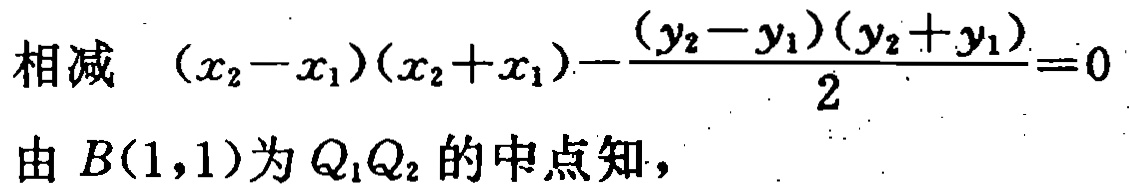
相减 \((x_{2}-x_{1})(x_{2}+x_{1})-\frac{(y_{2}-y_{1})(y_{2}+y_{1})}{2}=0\)

由 \(B(1,1)\)为 \(Q_{1}Q_{2}\)的中点知，